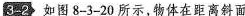
3-2 如图8-3-20所示，物体在距离斜面